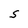
Character: S